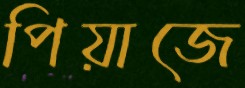
পিয়াজে